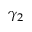
\gamma _ { 2 }